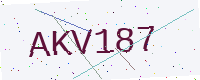
Text: AKV187